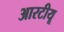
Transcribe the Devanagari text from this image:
आरटीयू